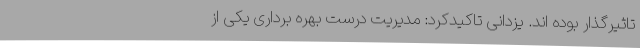
تاثیرگذار بوده اند. یزدانی تاکیدکرد: مدیریت درست بهره برداری یکی از